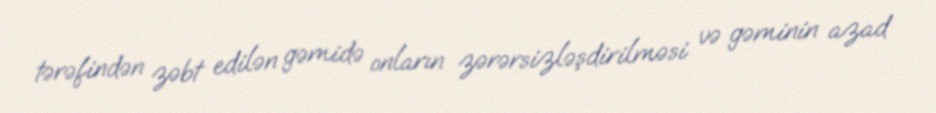
tərəfindən zəbt edilən gəmidə onların zərərsizləşdirilməsi və gəminin azad